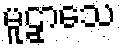
မူဠှာသေ